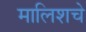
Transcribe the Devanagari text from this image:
मालिशचे